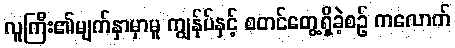
လူကြီး၏မျက်နှာမှာမူ ကျွန်ုပ်နှင့် စတင်တွေ့ရှိခဲ့စဉ် ကလောက်